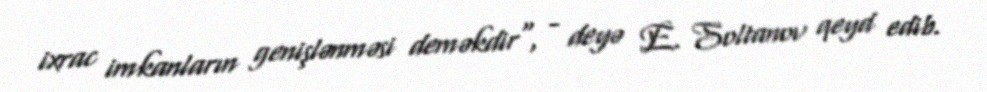
ixrac imkanların genişlənməsi deməkdir", - deyə E. Soltanov qeyd edib.